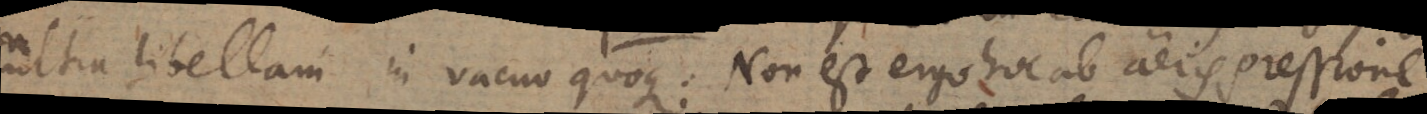
ultra libellam in vacuo quoque. Non est ergo hoc ab aeris pressione